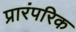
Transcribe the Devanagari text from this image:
प्रारंपरिक